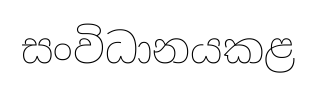
සංවිධානයකළ